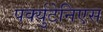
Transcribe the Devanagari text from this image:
पर्क्युटेनिएस